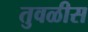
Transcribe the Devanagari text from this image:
तुवळीस